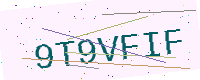
Text: 9T9VFIF